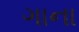
ગાના